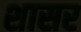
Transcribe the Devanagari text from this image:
शासर